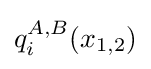
q_{i}^{A,B}(x_{1,2})